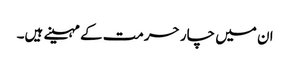
ان میں چار حرمت کے مہینے ہیں۔